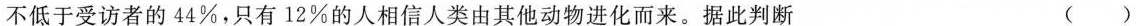
不低于受访者的44\%，只有12\%的人相信人类由其他动物进化而来。据此判断（）